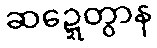
ဆဍ္ဍေတွာန